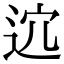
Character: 𨒆